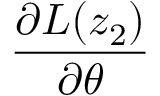
\frac { \partial L ( z _ { 2 } ) } { \partial { \theta } }